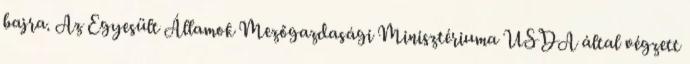
bajra. Az Egyesült Államok Mezőgazdasági Minisztériuma USDA által végzett